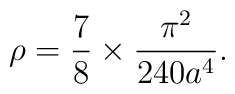
\rho =\frac{7}{8}\times\frac{\pi^2}{240a^4}.